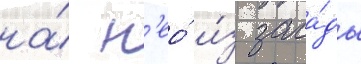
на́ н'ео́ и́з заса́ды